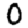
Digit: 0